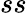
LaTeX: ss